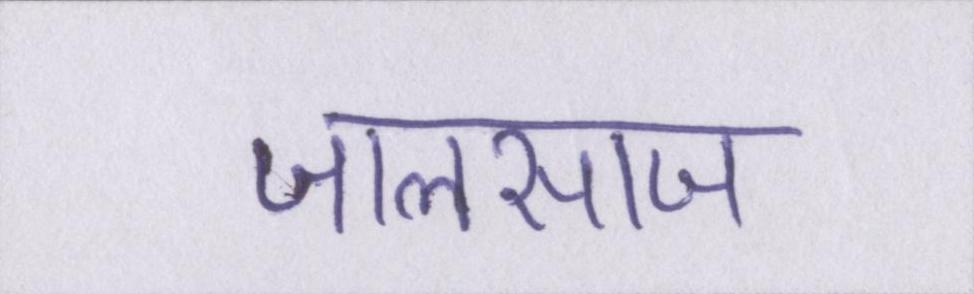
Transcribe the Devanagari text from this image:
जालसाज